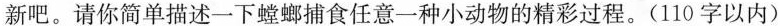
新吧。请你简单描述一下螳螂捕食任意一种小动物的精彩过程。(110字以内)